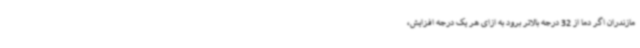
مازندران اگر دما از 32 درجه بالاتر برود به ازای هر یک درجه افزایش،